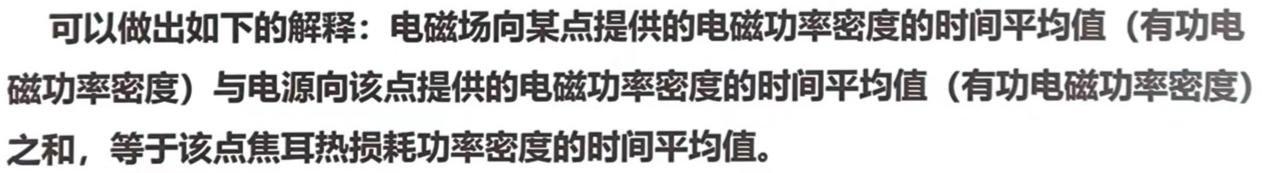
可以做出如下的解释：电磁场向某点提供的电磁功率密度的时间平均值（有功电磁功率密度）与电源向该点提供的电磁功率密度的时间平均值（有功电磁功率密度）之和，等于该点焦耳热损耗功率密度的时间平均值。